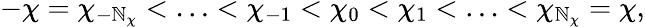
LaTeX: -\chi=\chi_{-\mathbb{N}_{\chi}}<\ldots<\chi_{-1}<\chi_{0}<\chi_{1}<\ldots<\chi_{\mathbb{N}_{\chi}}=\chi,